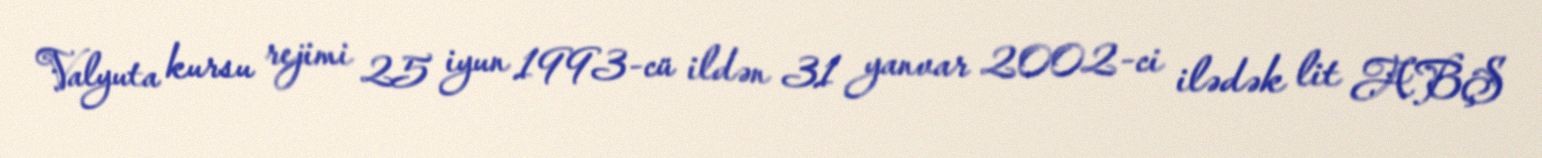
Valyuta kursu rejimi 25 iyun 1993-cü ildən 31 yanvar 2002-ci ilədək lit ABŞ